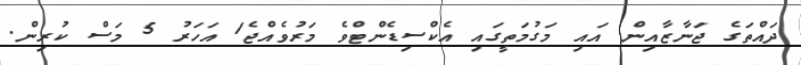
ދައްތަގެ ޖަނާޒާއިން އައި މަގުމަތީގައި އެކްސިޑެންޓްވެ މަރުވެއްޖެ1 އަހަރު 5 މަސް ކުރިން.